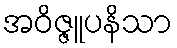
အဝိဇ္ဇူပနိသာ